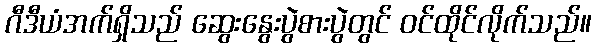
ဂီဒီယံအက်ရှိသည် ဆွေးနွေးပွဲစားပွဲတွင် ဝင်ထိုင်လိုက်သည်။